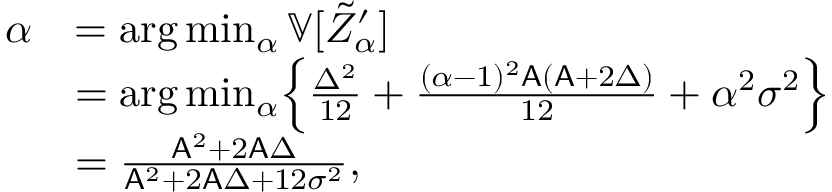
\begin{array} { r l } { \alpha } & { = \arg \operatorname* { m i n } _ { \alpha } \mathbb { V } [ \tilde { Z } _ { \alpha } ^ { \prime } ] } \\ & { = \arg \operatorname* { m i n } _ { \alpha } \Bigl \{ \frac { \Delta ^ { 2 } } { 1 2 } + \frac { ( \alpha - 1 ) ^ { 2 } \mathsf { A } ( \mathsf { A } + 2 \Delta ) } { 1 2 } + \alpha ^ { 2 } \sigma ^ { 2 } \Bigr \} } \\ & { = \frac { \mathsf { A } ^ { 2 } + 2 \mathsf { A } \Delta } { \mathsf { A } ^ { 2 } + 2 \mathsf { A } \Delta + 1 2 \sigma ^ { 2 } } , } \end{array}